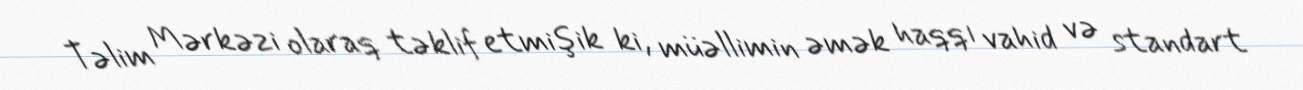
Təlim Mərkəzi olaraq təklif etmişik ki, müəllimin əmək haqqı vahid və standart